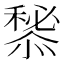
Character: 𢢃